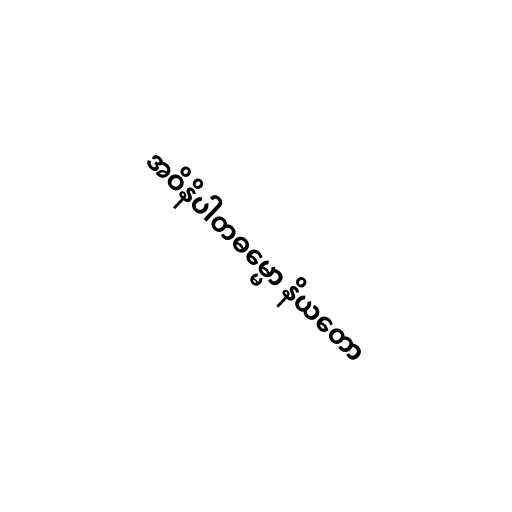
အဝိနိပါတဓမ္မော နိယတော